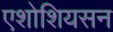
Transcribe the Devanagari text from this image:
एशोशियसन